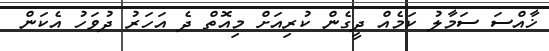
ޚާއްސަ ސަމާލު ކަމެއް ދީގެން ކުރިއަށް މިއޮތް ދެ އަހަރު ދުވަހު އެކަން